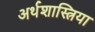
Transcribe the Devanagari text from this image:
अर्थशास्त्रिया